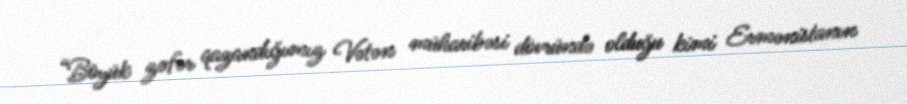
“Böyük zəfər qazandığımız Vətən müharibəsi dövründə olduğu kimi Ermənistanın